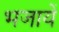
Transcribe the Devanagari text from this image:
भजायें